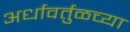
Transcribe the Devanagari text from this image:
अर्धावर्तुळच्या